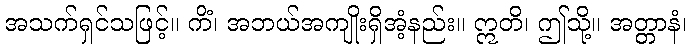
အသက်ရှင်သဖြင့်။ ကိံ၊ အဘယ်အကျိုးရှိအံ့နည်း။ ဣတိ၊ ဤသို့။ အတ္တာနံ၊